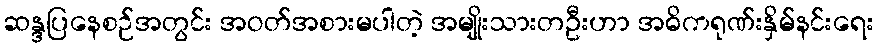
ဆန္ဒပြနေစဉ်အတွင်း အဝတ်အစားမပါတဲ့ အမျိုးသားတဦးဟာ အဓိကရုဏ်းနှိမ်နင်းရေး